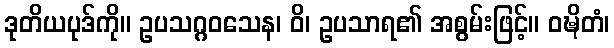
ဒုတိယပုဒ်ကို။ ဥပသဂ္ဂဝသေန၊ ဝိ၊ ဥပသာရ၏ အစွမ်းဖြင့်။ ဝဍ္ဎိတံ၊